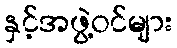
နှင့်အဖွဲ့ဝင်များ